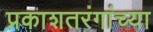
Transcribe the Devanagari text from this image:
प्रकाशतरंगांच्या